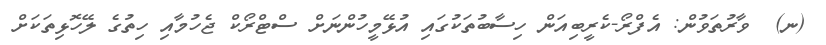
(ނ)  ވާރުތަވުން: އެފްރޯ-ކެރީބިއަން ހިސާބުތަކުގައި އުޅޭމީހުންނަށް ސްޓްރޯކް ޖެހުމާއި ހިތުގެ ލޭހޮޅިތަކަށް